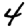
Digit: 4